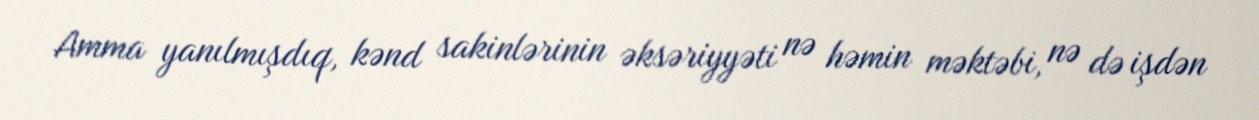
Amma yanılmışdıq, kənd sakinlərinin əksəriyyəti nə həmin məktəbi, nə də işdən